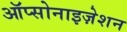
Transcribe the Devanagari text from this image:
ऑप्सोनाइज़ेशन